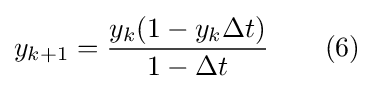
y_{k+1}={\frac {y_{k}(1-y_{k}\Delta t)}{1-\Delta t}}\quad \quad (6)